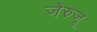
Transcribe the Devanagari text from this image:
जेरुजू